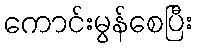
ကောင်းမွန်စေပြီး